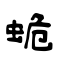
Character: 蛫